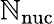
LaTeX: \mathbb{N}_{\mathrm{{nuc}}}